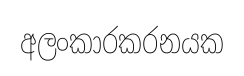
අලංකාරකරනයක